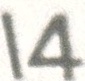
14